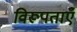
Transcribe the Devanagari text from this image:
विरूपताएँ